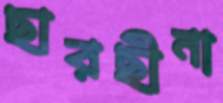
ছারছীনা